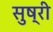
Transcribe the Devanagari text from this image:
सुष्री